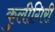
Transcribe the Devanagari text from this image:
कुलीगिरी